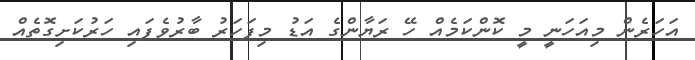
އަހަރެން މިއަހަނީ މީ ކޮންކަމެއް ހޭ ރަޔާންގެ އަޑު މިފަހަރު ބާރުވެފައި ހަރުކަށިގޮތެއް